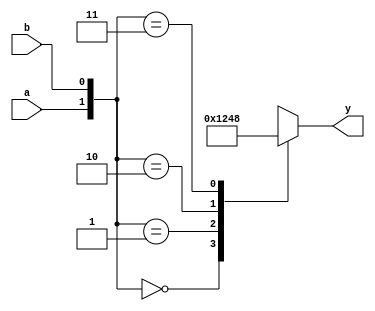
module simple_decoder (
    input wire a,       // 1-bit input a
    input wire b,       // 1-bit input b
    output reg [3:0] y  // 2-bit output y
);

// Always block to describe combinational logic
always @(*) begin
    // Default output
    y = 4'b0000; // Initialize output to zero

    // Combinational logic for 2-to-4 decoder
    case ({a, b})
        2'b00: y = 4'b0001; // Output corresponding to input 00
        2'b01: y = 4'b0010; // Output corresponding to input 01
        2'b10: y = 4'b0100; // Output corresponding to input 10
        2'b11: y = 4'b1000; // Output corresponding to input 11
        default: y = 4'b0000; // Default case
    endcase
end

endmodule